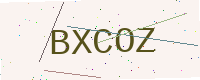
Text: BXCOZ